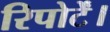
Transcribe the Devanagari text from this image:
रिपोर्टें।